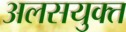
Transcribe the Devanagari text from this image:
अलसयुक्त